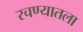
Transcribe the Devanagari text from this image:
रचण्यातला